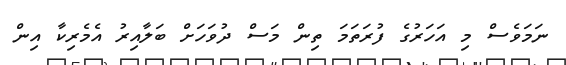
ނަމަވެސް މި އަހަރުގެ ފުރަތަމަ ތިން މަސް ދުވަހަށް ބަލާއިރު އެމެރިކާ އިން